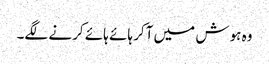
وہ ہوش میں آکر ہائے ہائے کرنے لگے۔